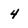
Character: 4